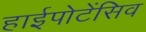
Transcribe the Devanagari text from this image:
हाईपोटेंसिव